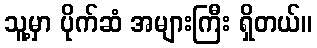
သူ့မှာ ပိုက်ဆံ အများကြီး ရှိတယ်။